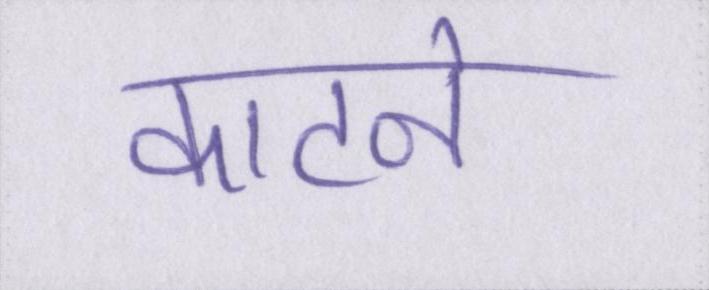
काटने